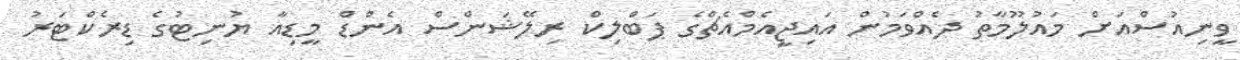
ވީނިއުސްއަށް މައުލޫމާތު ދެއްވަމުން އައިޖީއެމްއެޗްގެ ޕަބްލިކް ރިލޭޝަންސް އެންޑް މީޑިއާ ޔުނިޓުގެ ޑިރެކްޓަރު